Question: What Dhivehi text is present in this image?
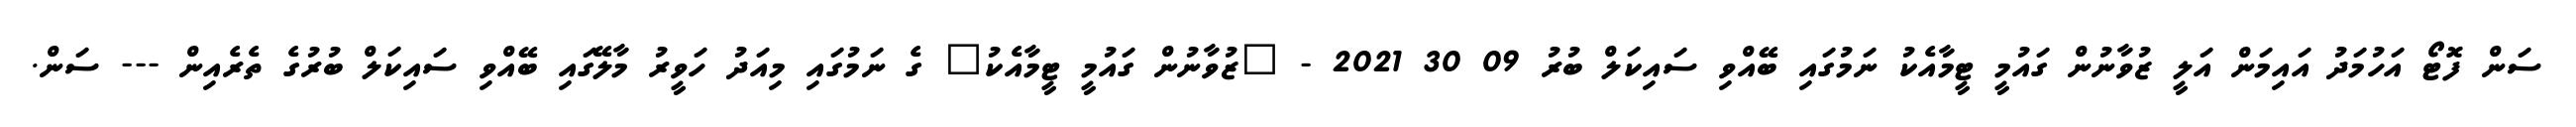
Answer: ސަން ފޮޓޯ އަހުމަދު އައިމަން އަލީ ޒުވާނުން ގައުމީ ޓީމާއެކު ނަމުގައި ބޭއްވި ސައިކަލް ބުރު 09 30 2021 - "ޒުވާނުން ގައުމީ ޓީމާއެކު" ގެ ނަމުގައި މިއަދު ހަވީރު މާލޭގައި ބޭއްވި ސައިކަލް ބުރުގެ ތެރެއިން --- ސަން.